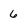
Character: 6